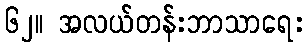
၆၂။ အလယ်တန်းဘာသာရေး